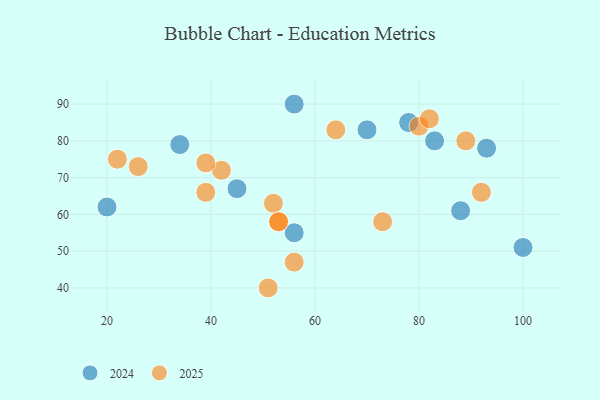
{"axis": {"x": "GDP", "y": "Life Expectancy"}, "legend": ["2024", "2025"], "data": [{"x": "70", "y": 83, "type": "2024"}, {"x": "93", "y": 78, "type": "2024"}, {"x": "56", "y": 90, "type": "2024"}, {"x": "56", "y": 55, "type": "2024"}, {"x": "45", "y": 67, "type": "2024"}, {"x": "88", "y": 61, "type": "2024"}, {"x": "20", "y": 62, "type": "2024"}, {"x": "78", "y": 85, "type": "2024"}, {"x": "34", "y": 79, "type": "2024"}, {"x": "83", "y": 80, "type": "2024"}, {"x": "100", "y": 51, "type": "2024"}, {"x": "22", "y": 75, "type": "2025"}, {"x": "56", "y": 47, "type": "2025"}, {"x": "73", "y": 58, "type": "2025"}, {"x": "52", "y": 63, "type": "2025"}, {"x": "64", "y": 83, "type": "2025"}, {"x": "80", "y": 84, "type": "2025"}, {"x": "51", "y": 40, "type": "2025"}, {"x": "42", "y": 72, "type": "2025"}, {"x": "53", "y": 58, "type": "2025"}, {"x": "39", "y": 66, "type": "2025"}, {"x": "39", "y": 74, "type": "2025"}, {"x": "82", "y": 86, "type": "2025"}, {"x": "26", "y": 73, "type": "2025"}, {"x": "53", "y": 58, "type": "2025"}, {"x": "92", "y": 66, "type": "2025"}, {"x": "89", "y": 80, "type": "2025"}]}